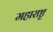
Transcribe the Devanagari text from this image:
महाराष्टृ